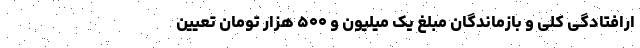
ارافتادگی‌ کلی و بازماندگان مبلغ یک میلیون و ۵۰۰ هزار تومان تعیین